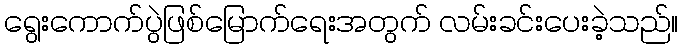
ရွေးကောက်ပွဲဖြစ်မြောက်ရေးအတွက် လမ်းခင်းပေးခဲ့သည်။